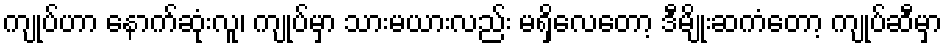
ကျုပ်ဟာ နောက်ဆုံးလူ၊ ကျုပ်မှာ သားမယားလည်း မရှိလေတော့ ဒီမျိုးဆကံတော့ ကျုပ်ဆီမှာ